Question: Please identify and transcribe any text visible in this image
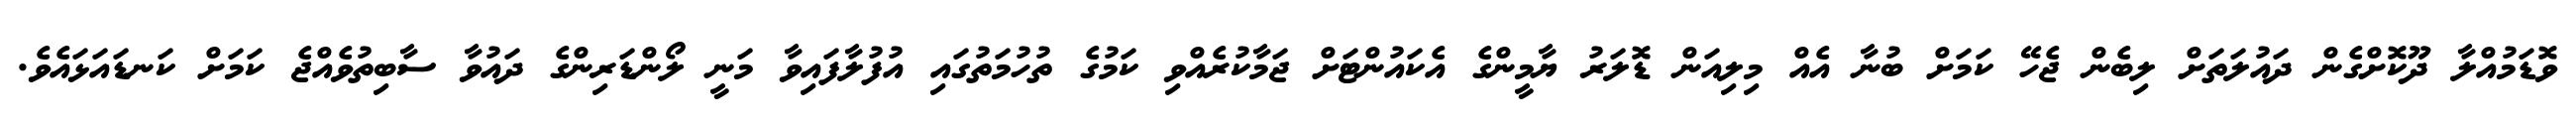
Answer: ވޮޑަމުއްލާ ދޫކޮށްގެން ދައުލަތަށް ލިބެން ޖެހޭ ކަމަށް ބުނާ އެއް މިލިއަން ޑޮލަރު ޔާމީންގެ އެކައުންޓަށް ޖަމާކުރެއްވި ކަމުގެ ތުހުމަތުގައި އުފުލާފައިވާ މަނީ ލޯންޑަރިންގެ ދައުވާ ސާބިތުވެއްޖެ ކަމަށް ކަނޑައަޅައެވެ.